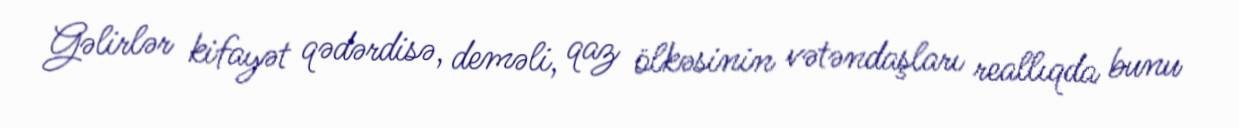
Gəlirlər kifayət qədərdisə, deməli, qaz ölkəsinin vətəndaşları reallıqda bunu